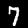
Label: 7